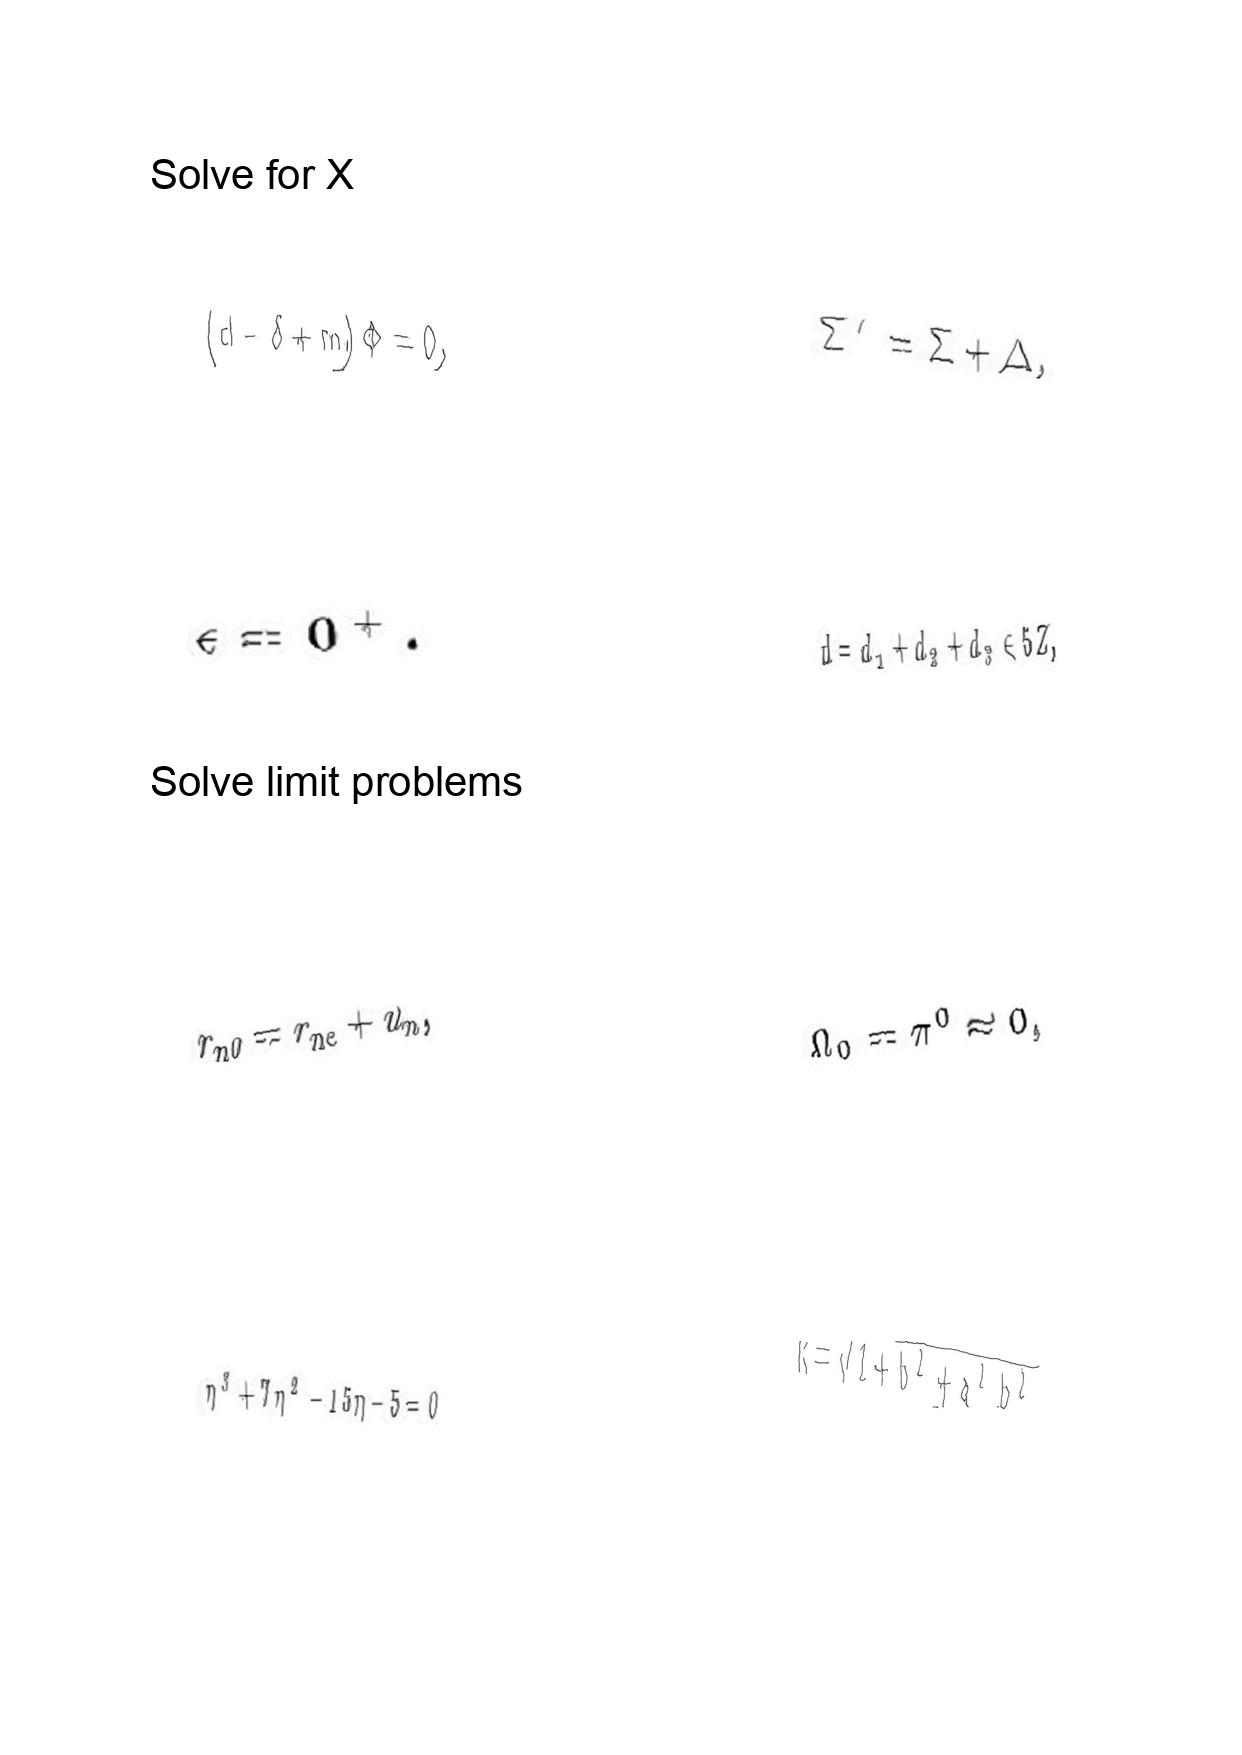
LaTeX transcription:
\lparen d - \delta + m \rparen \Phi = 0 ,
\epsilon = 0 ^ { + } .
r _ { n 0 } = r _ { n e } + u _ { n } ,
\eta ^ { 3 } + 7 \eta ^ { 2 } - 1 5 \eta - 5 = 0
\Sigma ^ { \prime } = \Sigma + \Delta ,
d = d _ { 1 } + d _ { 2 } + d _ { 3 } \in 5 Z ,
\Omega _ { 0 } = \pi ^ { 0 } \approx 0 ,
k = \sqrt { 1 + b ^ { 2 } + a ^ { 2 } b ^ { 2 } }